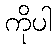
ကိုပါ